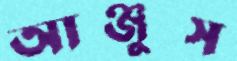
আঞ্জুস